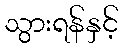
သွားရန်နှင့်